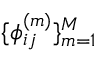
\{ \phi _ { i j } ^ { ( m ) } \} _ { m = 1 } ^ { M }